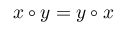
x \circ y = y \circ x